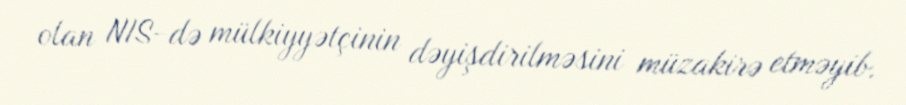
olan NIS-də mülkiyyətçinin dəyişdirilməsini müzakirə etməyib.